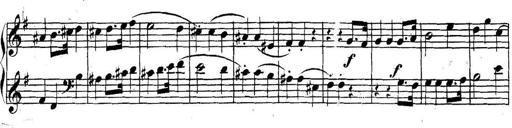
Title: Collected Piano Sonatas
Composer: Muzio Clementi